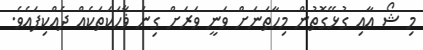
މި ޝޯ އާއި ގުޅޭގޮތުން މިހާތަނަށް ވަނީ ވަރަށް ގިނަ ޥާހަކަތަކެއް ދެއްކިފައެވެ.